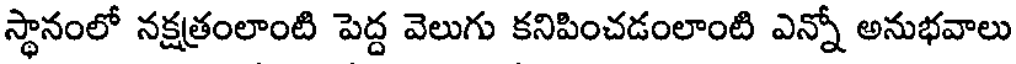
స్థానంలో నక్షత్రంలాంటి పెద్ద వెలుగు కనిపించడంలాంటి ఎన్నో అనుభవాలు